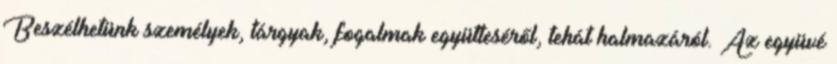
Beszélhetünk személyek, tárgyak, fogalmak együtteséről, tehát halmazáról. Az együvé